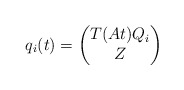
\begin{align*} q_{i}(t)=\begin{pmatrix}T(At)Q_{i}\\ Z\end{pmatrix}\end{align*}